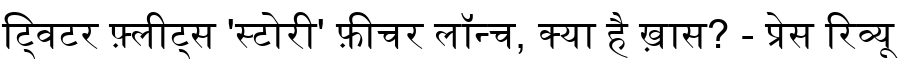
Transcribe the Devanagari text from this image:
ट्विटर फ़्लीट्स 'स्टोरी' फ़ीचर लॉन्च, क्या है ख़ास? - प्रेस रिव्यू